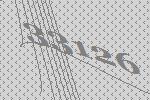
33126